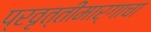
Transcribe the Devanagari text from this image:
प्रवृत्तीमार्गाचा